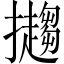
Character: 𢹤